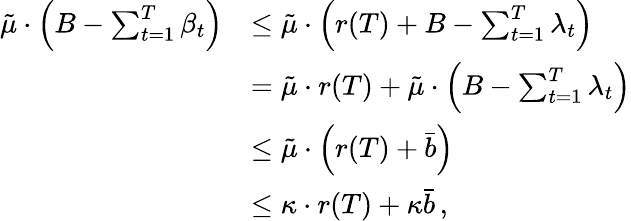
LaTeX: \begin{array}{rl}{\tilde{\mu}\cdot\left(B-\sum_{t=1}^{T}\beta_{t}\right)}&{\leq\tilde{\mu}\cdot\left(r(T)+B-\sum_{t=1}^{T}\lambda_{t}\right)}\\ &{=\tilde{\mu}\cdot r(T)+\tilde{\mu}\cdot\left(B-\sum_{t=1}^{T}\lambda_{t}\right)}\\ &{\leq\tilde{\mu}\cdot\left(r(T)+\bar{b}\right)}\\ &{\leq\kappa\cdot r(T)+\kappa\bar{b}\, ,}\end{array}